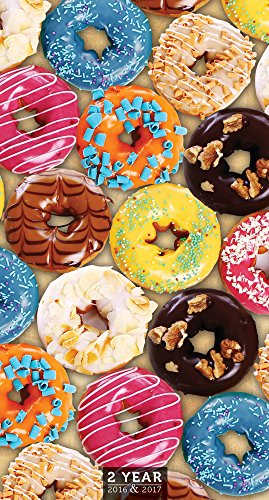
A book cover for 2016-2017 Donuts 2 Year Pocket Calendar; TF Publishing; Calendars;